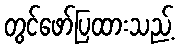
တွင်ဖော်ပြထားသည့်